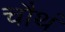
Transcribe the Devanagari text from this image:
चौथं